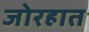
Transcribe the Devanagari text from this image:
जोरहात